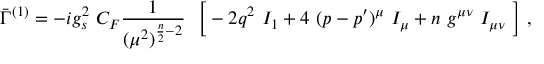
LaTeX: \bar { \Gamma } ^ { ( 1 ) } = - i g _ { s } ^ { 2 } ~ C _ { F } \frac { 1 } { ( \mu ^ { 2 } ) ^ { { \frac { n } { 2 } } - 2 } } ~ ~ \Big [ - 2 q ^ { 2 } ~ I _ { 1 } + 4 ~ ( p - p ^ { \prime } ) ^ { \mu } ~ I _ { \mu } + n ~ g ^ { \mu \nu } ~ I _ { \mu \nu } ~ \Big ] \ ,